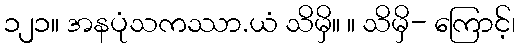
၁၂၁။ အနပုံသကဿာ.ယံ သိမှိ။ ။ သိမှိ- ကြောင့်၊